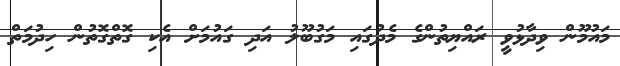
މައުމޫން ވިދާޅުވީ ރައްޔިތުންގެ މެދުގައި މަގުބޫލު އަދި ގައުމަށް އެކި ގޮތްގޮތުން ހިދުމަތް